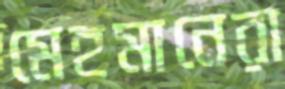
মেহমানেরা